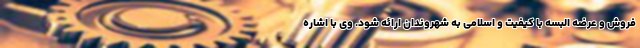
فروش و عرضه البسه با کیفیت و اسلامی به شهروندان ارائه شود. وی با اشاره